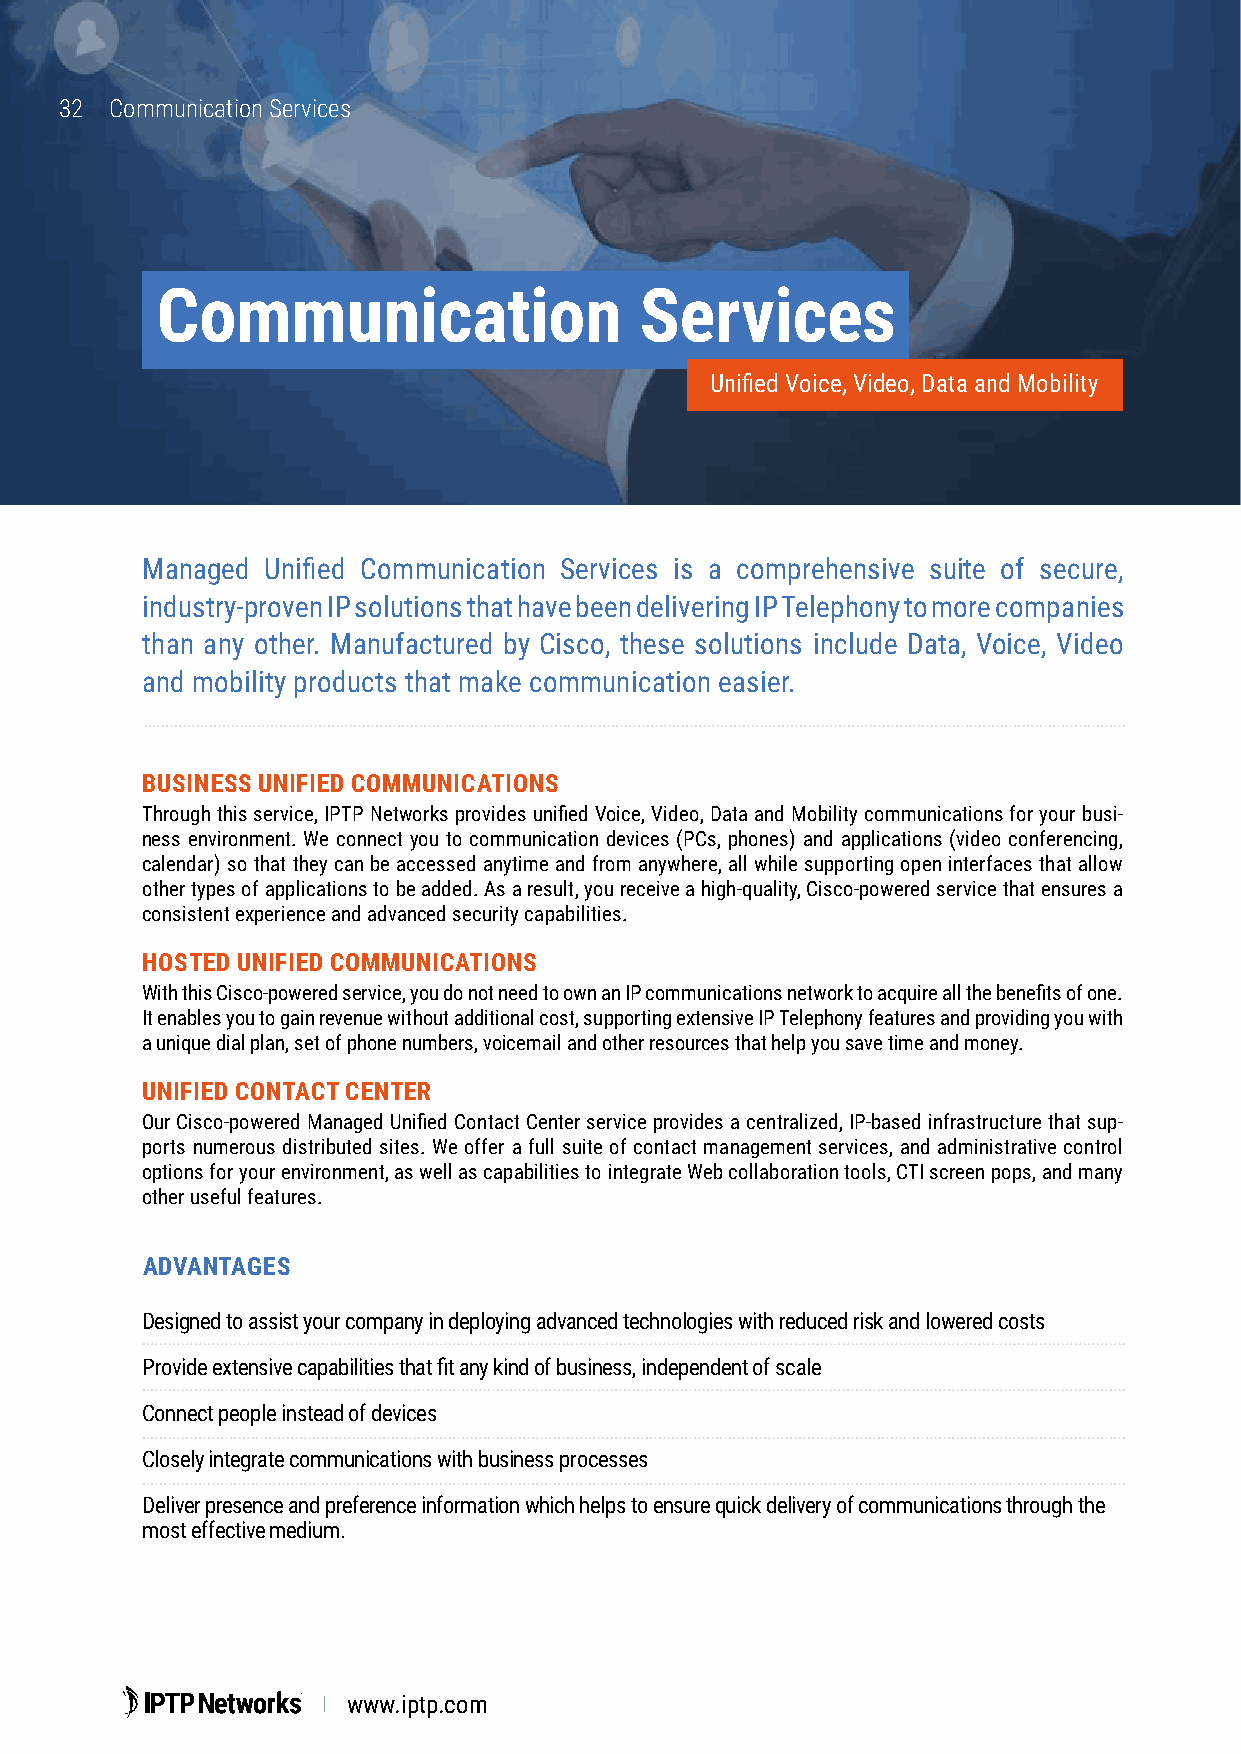
3322 Communication Services
 Communication                   Services
 Unified Voice, Video, Data and Mobility
 Managed  Unified Communication Services is a comprehensive suite of secure,
 industry-proven IP solutions that have been delivering IP Telephony to more companies
 than any other. Manufactured by Cisco, these solutions include Data, Voice, Video
 and mobility products that make communication easier.
 BUSINESS UNIFIED COMMUNICATIONS
 Through this service, IPTP Networks provides unified Voice, Video, Data and Mobility communications for your busi-
 ness environment. We connect you to communication devices (PCs, phones) and applications (video conferencing,
 calendar) so that they can be accessed anytime and from anywhere, all while supporting open interfaces that allow
 other types of applications to be added. As a result, you receive a high-quality, Cisco-powered service that ensures a
 consistent experience and advanced security capabilities.
 HOSTED UNIFIED COMMUNICATIONS
 With this Cisco-powered service, you do not need to own an IP communications network to acquire all the benefits of one.
 It enables you to gain revenue without additional cost, supporting extensive IP Telephony features and providing you with
 a unique dial plan, set of phone numbers, voicemail and other resources that help you save time and money.
 UNIFIED CONTACT CENTER
 Our Cisco-powered Managed Unified Contact Center service provides a centralized, IP-based infrastructure that sup-
 ports numerous distributed sites. We offer a full suite of contact management services, and administrative control
 options for your environment, as well as capabilities to integrate Web collaboration tools, CTI screen pops, and many
 other useful features.
 ADVANTAGES
 Designed to assist your company in deploying advanced technologies with reduced risk and lowered costs
 Provide extensive capabilities that fit any kind of business, independent of scale
 Connect people instead of devices
 Closely integrate communications with business processes
 Deliver presence and preference information which helps to ensure quick delivery of communications through the
 most effective medium.
 www.iptp.com